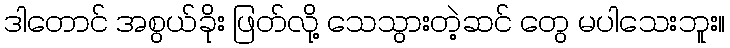
ဒါတောင် အစွယ်ခိုုး ဖြတ်လို့ သေသွားတဲ့ဆင် တွေ မပါသေးဘူး။